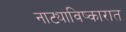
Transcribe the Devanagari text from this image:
नाट्याविष्कारात